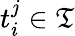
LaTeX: t_{i}^{j}\in\mathfrak{T}